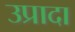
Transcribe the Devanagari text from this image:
उप्रादा